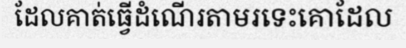
ដែលគាត់ធ្វើដំណើរតាមរទេះគោដែល